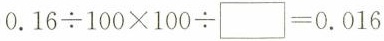
0.16 \div100\times100\div \Box=0.016